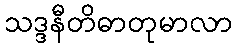
သဒ္ဒနီတိဓာတုမာလာ